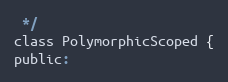
Language: C
 */
class PolymorphicScoped {
public: